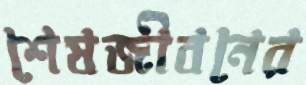
শেষজীবনের